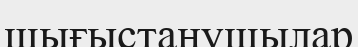
шығыстанушылар